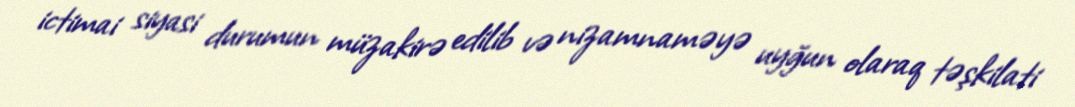
ictimai siyasi durumun müzakirə edilib və nizamnaməyə uyğun olaraq təşkilati